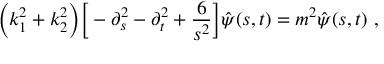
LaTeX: \bigg ( k _ { 1 } ^ { 2 } + k _ { 2 } ^ { 2 } \bigg ) \bigg [ - \partial _ { s } ^ { 2 } - \partial _ { t } ^ { 2 } + \frac { 6 } { s ^ { 2 } } \bigg ] \hat { \psi } ( s , t ) = m ^ { 2 } \hat { \psi } ( s , t ) ~ ,